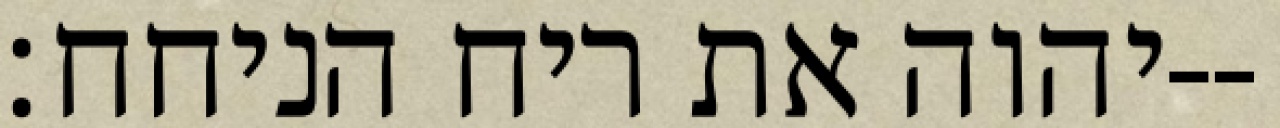
יהוה את ריח הניחח׃--